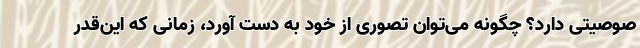
صوصیتی دارد؟ چگونه می‌توان تصوری از خود به دست آورد، زمانی که این‌قدر